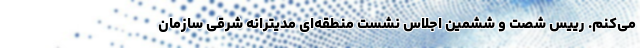
می‌کنم. رییس شصت و ششمین اجلاس نشست منطقه‌ای مدیترانه شرقی سازمان